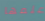
علمها